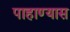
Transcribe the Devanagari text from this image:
पाहाण्यास